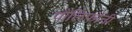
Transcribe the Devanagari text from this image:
पौलिफोनी